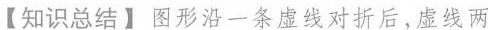
【知识总结】图形沿一条虚线对折后，虚线两